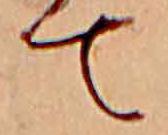
て